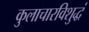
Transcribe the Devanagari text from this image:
कुलाचारविशुद्धं